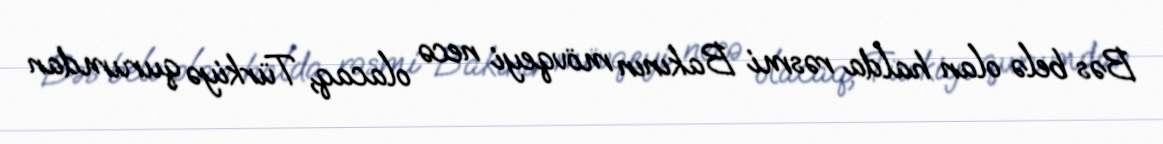
Bəs belə olan halda rəsmi Bakının mövqeyi necə olacaq, Türkiyə qurumdan